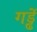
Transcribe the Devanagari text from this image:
गड्ढें